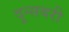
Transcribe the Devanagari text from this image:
दून्सबरी